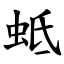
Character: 蚳